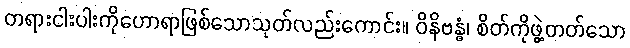
တရားငါးပါးကိုဟောရာဖြစ်သောသုတ်လည်းကောင်း။ ဝိနိဗန္ဓံ၊ စိတ်ကိုဖွဲ့တတ်သော